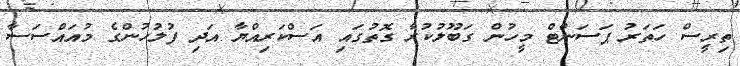
ތިރީސް ހަތަރު ޕަސަންޓް މީހުން ގަބޫލުކުރާ ގޮތުގައި އަސްކަރިއްޔާ އަދި ފުލުހުންގެ މުއައްސަސާ